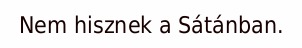
Nem hisznek a Sátánban.